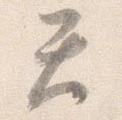
天